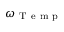
\omega _ { \mathrm { ~ T ~ e ~ m ~ p ~ } }